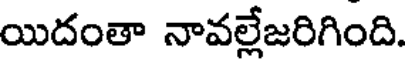
యిదంతా నావల్లేజరిగింది.